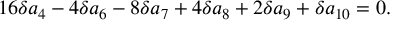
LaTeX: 1 6 \delta a _ { 4 } - 4 \delta a _ { 6 } - 8 \delta a _ { 7 } + 4 \delta a _ { 8 } + 2 \delta a _ { 9 } + \delta a _ { 1 0 } = 0 .